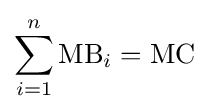
\sum _{i=1}^{n}{\text{MB}}_{i}={\text{MC}}